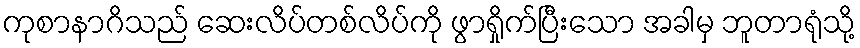
ကုစာနာဂိသည် ဆေးလိပ်တစ်လိပ်ကို ဖွာရှိုက်ပြီးသော အခါမှ ဘူတာရုံသို့